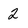
Character: 2